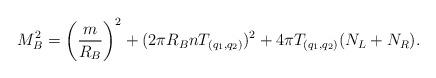
LaTeX: \begin{align*}M_B^2 = \left({m\over R_B}\right)^2 + (2\pi R_B n T_{(q_{1}, q_{2})})^2 + 4\pi T_{(q_{1}, q_{2})} (N_L + N_R). \end{align*}